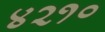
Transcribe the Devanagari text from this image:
४२१०